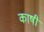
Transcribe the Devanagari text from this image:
काषी